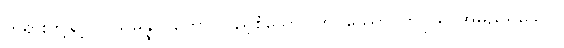
တရားတို့နှင့််။ သမန္နာဂတော၊ ပြည့်စုံသော။ တပုဿော၊ တပုဿအမည်ရှိသော။